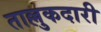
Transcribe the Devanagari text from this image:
ताल्लुकदारी